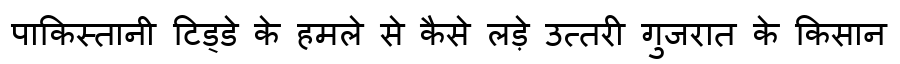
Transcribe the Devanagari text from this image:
पाकिस्तानी टिड्डे के हमले से कैसे लड़े उत्तरी गुजरात के किसान